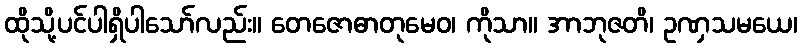
ထိုသို့ပင်ပါရှိပါသော်လည်း။ တေဇောဓာတုမေဝ၊ ကိုသာ။ အာဘုဇတိ၊ ဥဏှသမယေ၊